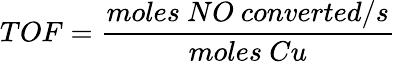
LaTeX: TOF=\frac{moles\ NO\ converted/s}{moles\ Cu}